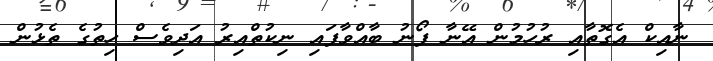
ނާއިކް އެގޮތާއި ރުހުމުން އޭނާ ފޯނު ބާއްވާފައި ނިކުތްއިރު އަދިވެސް ހިތުގެ ތެޅުން